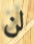
لن